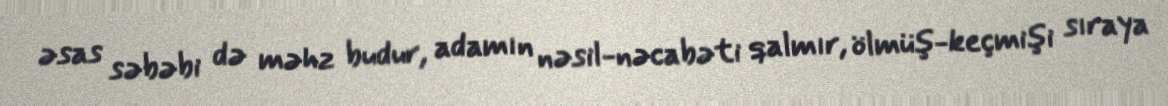
əsas səbəbi də məhz budur, adamın nəsil-nəcabəti qalmır, ölmüş-keçmişi sıraya